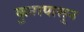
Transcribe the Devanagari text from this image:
कुनापासून